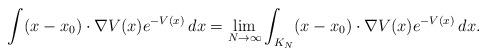
LaTeX: \begin{align*} \int (x-x_0)\cdot\nabla V(x)e^{-V(x)}\,dx = \lim_{N\to\infty} \int_{K_N} (x-x_0)\cdot\nabla V(x)e^{-V(x)}\,dx. \end{align*}